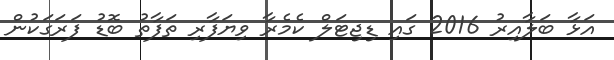
އަޅާ ބަލާއިރު 2016 ގައި ޑިޖިޓަލް ކެމެރާ ވިޔަފާރި ތަފާތު ބޮޑު ފަރަގަކުން